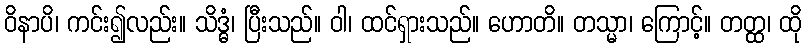
ဝိနာပိ၊ ကင်း၍လည်း။ သိဒ္ဓံ၊ ပြီးသည်။ ဝါ၊ ထင်ရှားသည်။ ဟောတိ။ တသ္မာ၊ ကြောင့်။ တတ္ထ၊ ထို